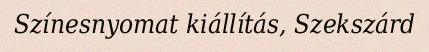
Színesnyomat kiállítás, Szekszárd